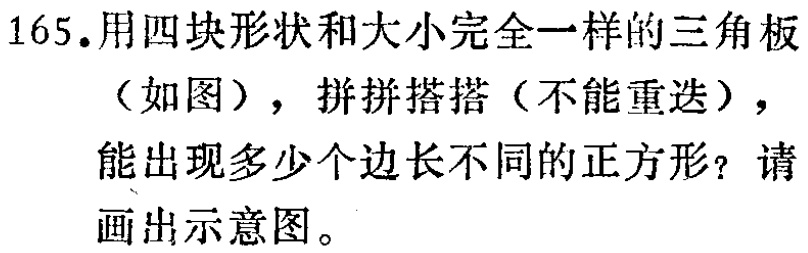
165.用四块形状和大小完全一样的三角板（如图），拼拼搭搭（不能重迭），能出现多少个边长不同的正方形？请画出示意图。